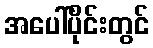
အပေါ်ပိုင်းတွင်